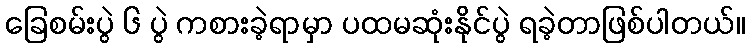
ခြေစမ်းပွဲ ၆ ပွဲ ကစားခဲ့ရာမှာ ပထမဆုံးနိုင်ပွဲ ရခဲ့တာဖြစ်ပါတယ်။